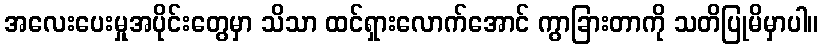
အလေးပေးမှုအပိုင်းတွေမှာ သိသာ ထင်ရှားလောက်အောင် ကွာခြားတာကို သတိပြုမိမှာပါ။